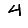
Digit: 4